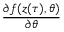
\frac { \partial f ( \ensuremath { \boldsymbol { z } } ( \tau ) , \theta ) } { \partial \theta }